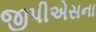
જીપીએસના